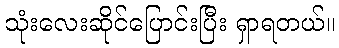
သုံးလေးဆိုင်ပြောင်းပြီး ရှာရတယ်။